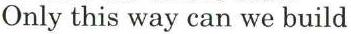
Only this way can we build